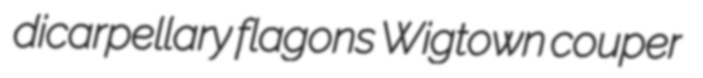
dicarpellary flagons Wigtown couper